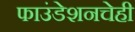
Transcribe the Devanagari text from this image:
फाउंडेशनचेही